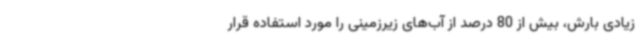
زیادی بارش، بیش از 80 درصد از آب‌های زیرزمینی را مورد استفاده قرار